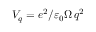
V _ { q } = e ^ { 2 } / \varepsilon _ { 0 } \Omega \, q ^ { 2 }